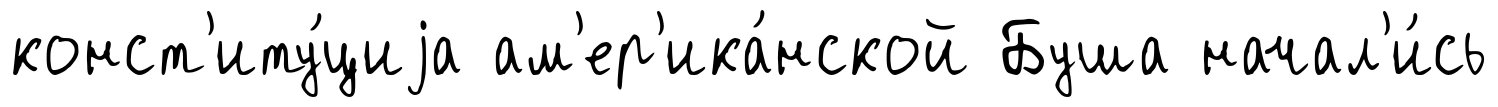
конст'иту́циjа ам'ер'ика́нской Буша начал'и́сь